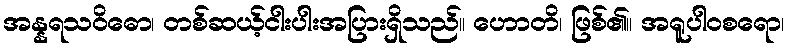
အန္နရသဝိဓော၊ တစ်ဆယ့်ငါးပါးအပြားရှိသည်။ ဟောတိ၊ ဖြစ်၏။ အရူပါဝစရော၊